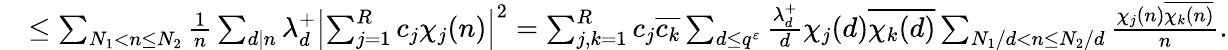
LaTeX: \begin{array}{rl}&{\leq\sum_{\substack{N_{1}<n\leq N_{2}}}\frac{1}{n}\sum_{d\mid n}\lambda_{d}^{+}\left|\sum_{j=1}^{R}c_{j}\chi_{j}(n)\right|^{2}=\sum_{j,k=1}^{R}c_{j}\overline{{c_{k}}}\sum_{d\leq q^{\varepsilon}}\frac{\lambda_{d}^{+}}{d}\chi_{j}(d)\overline{{\chi_{k}(d)}}\sum_{\substack{N_{1}/d<n\leq N_{2}/d}}\frac{\chi_{j}(n)\overline{{\chi_{k}(n)}}}{n}.}\end{array}